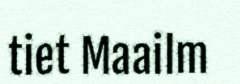
tiet Maailm